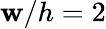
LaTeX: \mathbf{w}/h=2